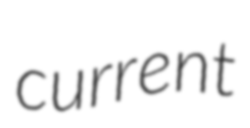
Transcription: current